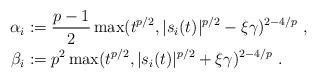
LaTeX: \begin{align*}\alpha_i & := \frac{p-1}{2} \max(t^{p/2}, |s_i(t)|^{p/2} - \xi \gamma)^{2 - 4/p} ~, \\\beta_i & := p^2 \max(t^{p/2}, |s_i(t)|^{p/2} + \xi \gamma)^{2 - 4/p} ~.\end{align*}